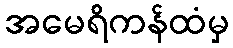
အမေရိကန်ထံမှ